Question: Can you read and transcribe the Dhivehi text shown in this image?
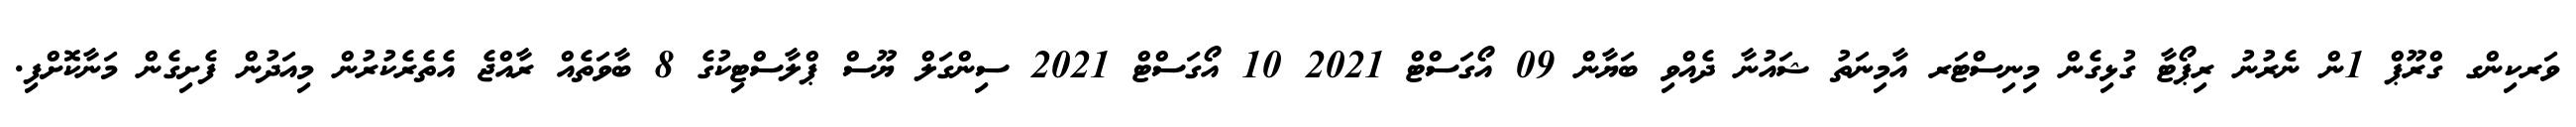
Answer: ވަރކިންގ ގްރޫޕް 1ން ނެރުނު ރިޕޯޓާ ގުޅިގެން މިނިސްޓަރ އާމިނަތު ޝައުނާ ދެއްވި ބަޔާން 09 އޯގަސްޓް 2021 10 އޯގަސްޓް 2021 ސިންގަލް ޔޫސް ޕްލާސްޓިކުގެ 8 ބާވަތެއް ރާއްޖެ އެތެރެކުރުން މިއަދުން ފެށިގެން މަނާކޮށްފި.